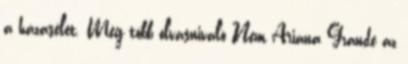
a házasélet. Még több olvasnivaló Nem Ariana Grande az